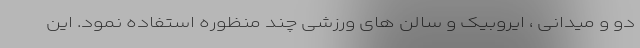
دو و میدانی ، ایروبیک و سالن های ورزشی چند منظوره استفاده نمود. این